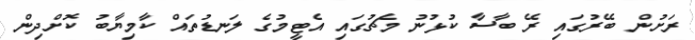
ރަށުން ބޭރުގައި ރޭ ބާސާ ކުޅުނު މެޗުގައި އެޓީމުގެ ލަނޑުތައް ކާމިޔާބު ކޮށްދިން